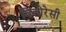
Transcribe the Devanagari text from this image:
विलोरेसी